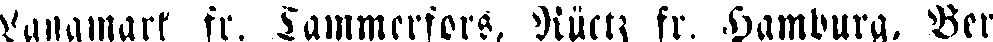
Lanamark fr. Tammerfors, Rüctz, fr. Hamburg, Ber